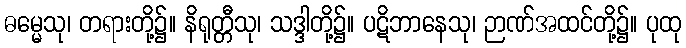
ဓမ္မေသု၊ တရားတို့၌။ နိရုတ္တီသု၊ သဒ္ဒါတို့၌။ ပဋိဘာနေသု၊ ဉာဏ်အထင်တို့၌။ ပုထု